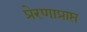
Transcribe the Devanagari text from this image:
प्रेरणाप्राप्त